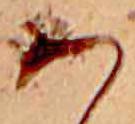
あ